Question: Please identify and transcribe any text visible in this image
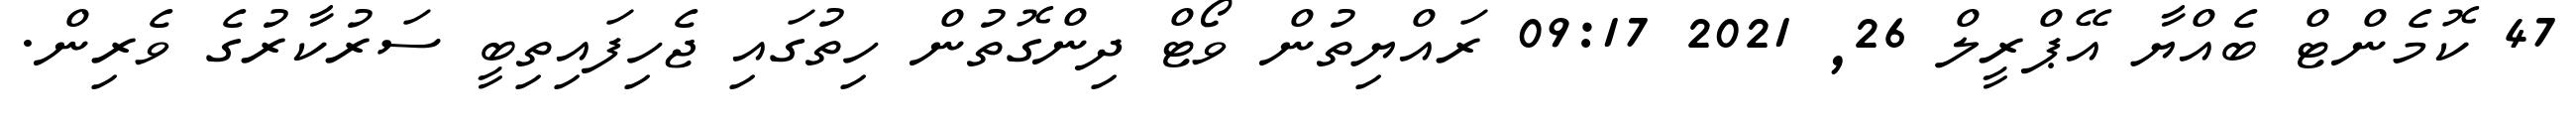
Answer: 47 ކޮމެންޓް ބެއްޔާ އޭޕްރީލް 26, 2021 09:17 ރައްޔިތުން ވޯޓް ދިންގޮތުން ހިތުގައި ޖެހިފައިތިބީ ސަރުކާރުގެ ވެރިން.